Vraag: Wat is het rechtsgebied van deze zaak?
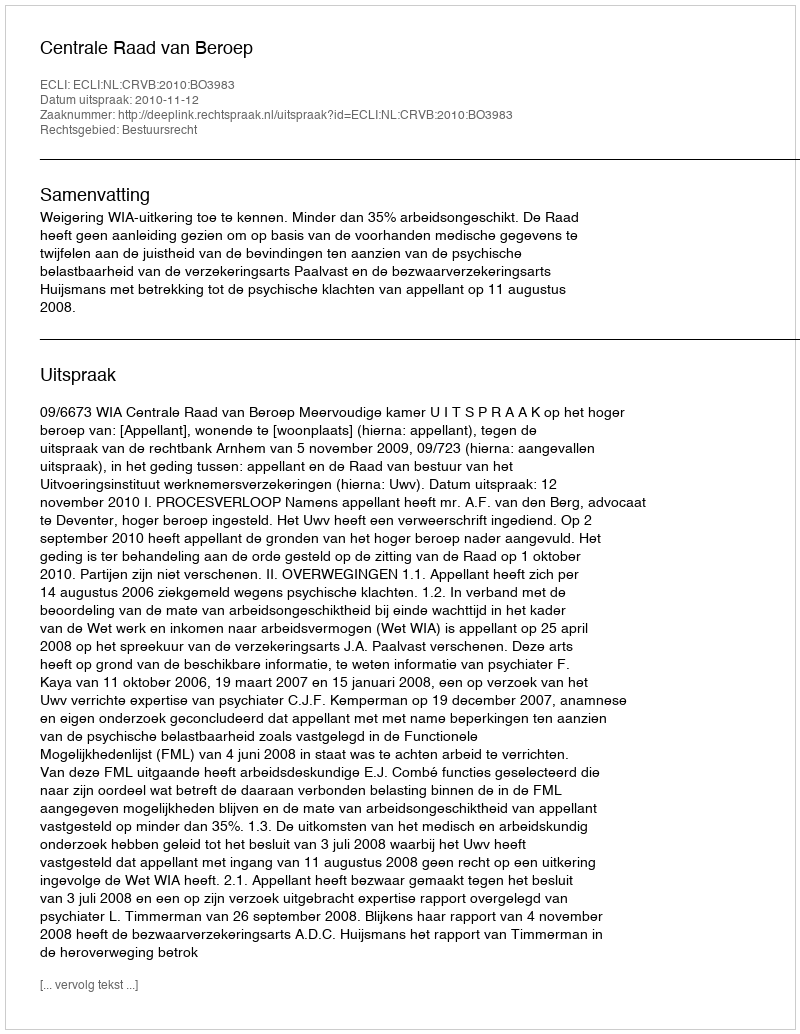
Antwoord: Bestuursrecht